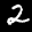
Label: 2